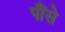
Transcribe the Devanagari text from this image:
पौंसे